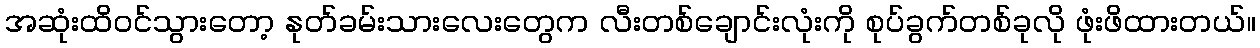
အဆုံးထိဝင်သွားတော့ နုတ်ခမ်းသားလေးတွေက လီးတစ်ချောင်းလုံးကို စုပ်ခွက်တစ်ခုလို ဖုံးဖိထားတယ်။